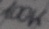
Text: 100K